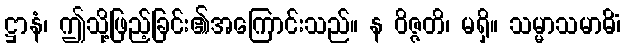
ဋ္ဌာနံ၊ ဤသို့ဖြည့်ခြင်း၏အကြောင်းသည်။ န ဝိဇ္ဇတိ၊ မရှိ။ သမ္မာသမာဓိံ၊